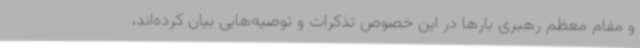
و مقام معظم رهبری بارها در این خصوص تذکرات و توصیه‌هایی بیان کرده‌اند،